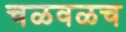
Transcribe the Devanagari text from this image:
चळवळच